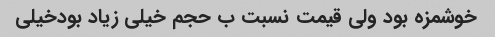
خوشمزه بود ولی قیمت نسبت ب حجم خیلی زیاد بودخیلی